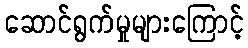
ဆောင်ရွက်မှုများကြောင့်